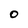
Character: O